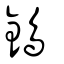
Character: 鵭